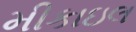
મીકાઇલ